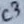
Text: C3